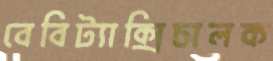
বেবিট্যাক্সিচালক